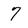
Character: 7